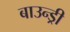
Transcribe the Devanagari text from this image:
बाउन्ड्री